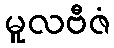
မူလဗီဇံ